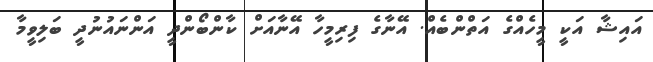
އައިޝާ އަކީ މީހެއްގެ އަތްންބެއް. އޭނާގެ ފިރިމީހާ އޭނާއަށް ކާންބޯންދީ އަންނައުނުދީ ބަލިވީމާ